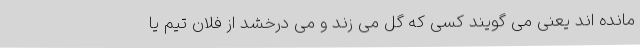
مانده اند یعنی می گویند کسی که گل می زند و می درخشد از فلان تیم یا